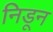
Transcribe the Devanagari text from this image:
निडून